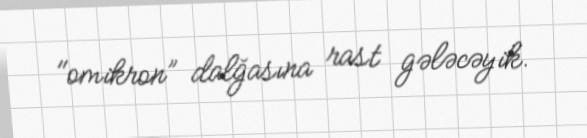
"omikron” dalğasına rast gələcəyik.